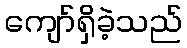
ကျော်ရှိခဲ့သည်